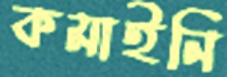
কমাইনি